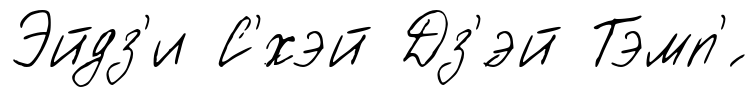
Эйдз'и С'́хэй Дз'́эй Тэмп'́